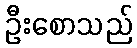
ဦးစောသည်